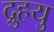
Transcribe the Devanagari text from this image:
द्रुुहयु